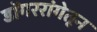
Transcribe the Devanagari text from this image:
डोंगररांगेतून